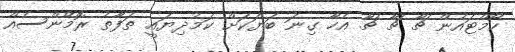
ހޯމްޓައުން ޗާ ޗާ ޗާ އެހާ ގިނަ ބަޔަކަށް ކަމުދިޔައީ ތަފާތު ރޮމޭންސެއް